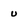
Character: u